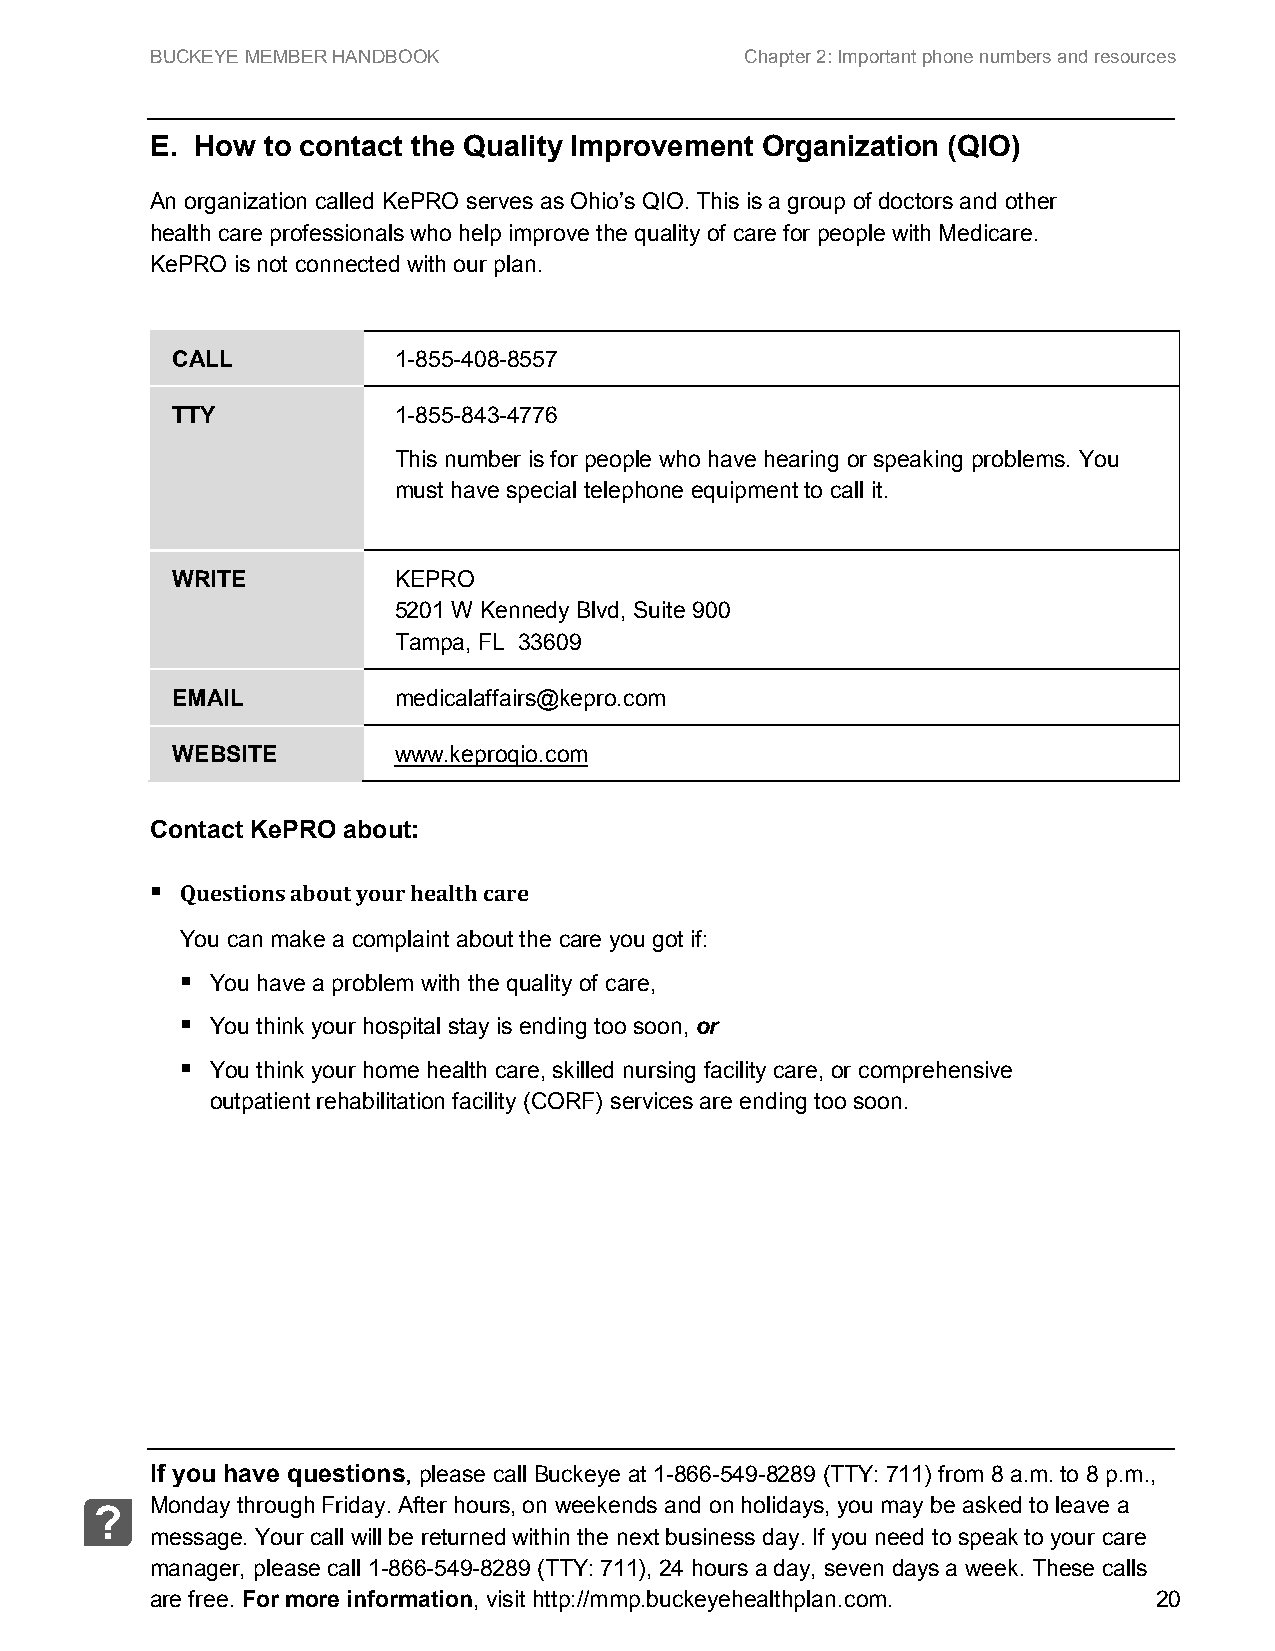
BUCKEYE MEMBER HANDBOOK                Chapter 2: Important phone numbers and resources
 E. How  to contact the Quality Improvement Organization (QIO)
 An organization called KePRO serves as Ohio’s QIO. This is a group of doctors and other
 health care professionals who help improve the quality of care for people with Medicare.
 KePRO is not connected with our plan.
 CALL           1-855-408-8557
 TTY            1-855-843-4776
 This number is for people who have hearing or speaking problems. You
 must have special telephone equipment to call it.
 WRITE          KEPRO
 5201 W Kennedy Blvd, Suite 900
 Tampa, FL 33609
 EMAIL          medicalaffairs@kepro.com
 WEBSITE        www.keproqio.com
 Contact KePRO about:
  Questions about your health care
 You can make a complaint about the care you got if:
  You have a problem with the quality of care,
  You think your hospital stay is ending too soon, or
  You think your home health care, skilled nursing facility care, or comprehensive
 outpatient rehabilitation facility (CORF) services are ending too soon.
 If you have questions, please call Buckeye at 1-866-549-8289 (TTY: 711) from 8 a.m. to 8 p.m.,
 Monday through Friday. After hours, on weekends and on holidays, you may be asked to leave a
 ?
 message. Your call will be returned within the next business day. If you need to speak to your care
 manager, please call 1-866-549-8289 (TTY: 711), 24 hours a day, seven days a week. These calls
 are free. For more information, visit http://mmp.buckeyehealthplan.com. 20